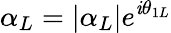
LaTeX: \alpha_{L}=|\alpha_{L}|e^{\mathit{i}\theta_{1L}}